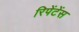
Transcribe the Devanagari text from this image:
रिपेंटेंस